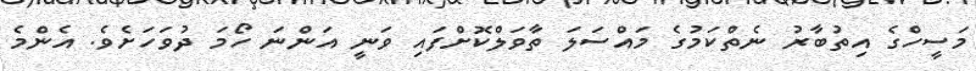
މަސީހްގެ އިތުބާރު ނެތްކަމުގެ މައްސަލަ ތާވަލްކޮށްފައި ވަނީ އަންނަ ހޯމަ ދުވަހަށެވެ. އެންމެ